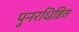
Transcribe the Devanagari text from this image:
पुनरधिष्ठित